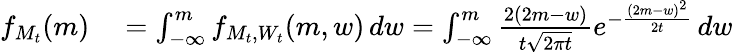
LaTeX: \begin{array}{rl}{f_{M_{t}}(m)}&{{}=\int_{-\infty}^{m}f_{M_{t},W_{t}}(m,w)\, dw=\int_{-\infty}^{m}{\frac{2(2m-w)}{t{\sqrt{2\pi t}}}}e^{-{\frac{(2m-w)^{2}}{2t}}}\, dw}\end{array}